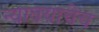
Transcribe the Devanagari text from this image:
न्यावयाचेच